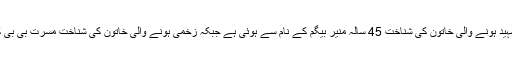
بھارتی فائرنگ سے شہید ہونے والی خاتون کی شناخت 45 سالہ منیر بیگم کے نام سے ہوئی ہے جبکہ زخمی ہونے والی خاتون کی شناخت مسرت بی بی کے نام سے ہوئی ہے۔